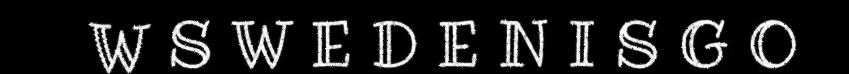
W S W E D E N I S G O